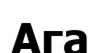
Ага